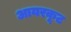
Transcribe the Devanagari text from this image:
आयरकूट